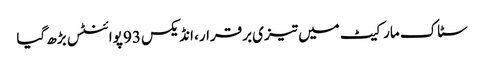
سٹاک مارکیٹ میں تیزی برقرار، انڈیکس 93 پوائنٹس بڑھ گیا